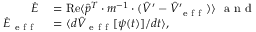
\begin{array} { r l } { \dot { E } } & { { } = \operatorname { R e } \langle \hat { p } ^ { T } \cdot m ^ { - 1 } \cdot ( \hat { V } ^ { \prime } - \hat { V } _ { \mathrm { ~ e ~ f ~ f ~ } } ^ { \prime } ) \rangle \mathrm { ~ \ a ~ n ~ d ~ } } \\ { \dot { E } _ { \mathrm { ~ e ~ f ~ f ~ } } } & { { } = \langle d \hat { V } _ { \mathrm { ~ e ~ f ~ f ~ } } [ \psi ( t ) ] / d t \rangle , } \end{array}